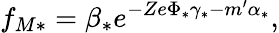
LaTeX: f_{M\ast}=\beta_{\ast}e^{-{Ze}\Phi_{\ast}\gamma_{\ast}-m^{\prime}\alpha_{\ast}},